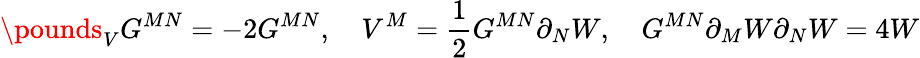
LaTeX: \pounds_{V}G^{MN}=-2G^{MN},\quad V^{M}=\frac{1}{2}G^{MN}\partial_{N}W,\quad G^{MN}\partial_{M}W{}\partial_{N}W=4W